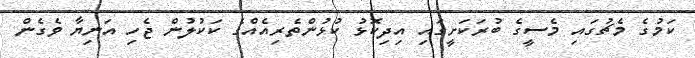
ކަމުގެ މެޗުގައި މެސީގެ ބުރަކަށީގައި އިދިކޮޅު ކުޅުންތެރިއެއްގެ ކަކުލުން ޖެހި އަނިޔާ ވެގެން